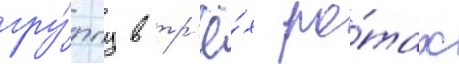
гру́ппу в тр'ё́х ро́тах